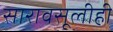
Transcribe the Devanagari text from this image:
सारावसूलीही